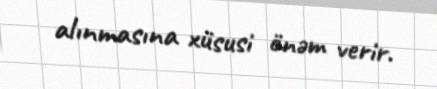
alınmasına xüsusi önəm verir.